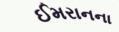
ઈમરાનના